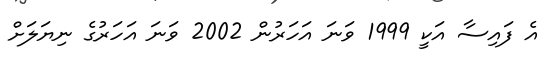
އެ ފައިސާ އަކީ 1999 ވަނަ އަހަރުން 2002 ވަނަ އަހަރުގެ ނިޔަލަށް